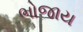
ભોજાય